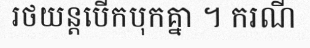
រថយន្តបើកបុកគ្នា ។ ករណី